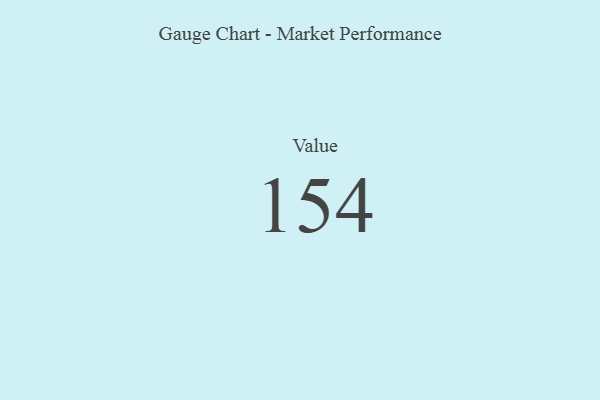
{"axis": {"x": "Metric", "y": "Value"}, "legend": [""], "data": [{"x": "Value", "y": 154, "type": ""}]}